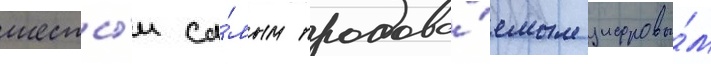
шесты́м са́мым продава́емым цифровы́м